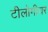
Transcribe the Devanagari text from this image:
टीलोमीयर